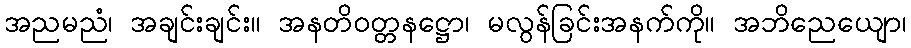
အညမညံ၊ အချင်းချင်း။ အနတိဝတ္တနဋ္ဌော၊ မလွန်ခြင်းအနက်ကို။ အဘိညေယျော၊